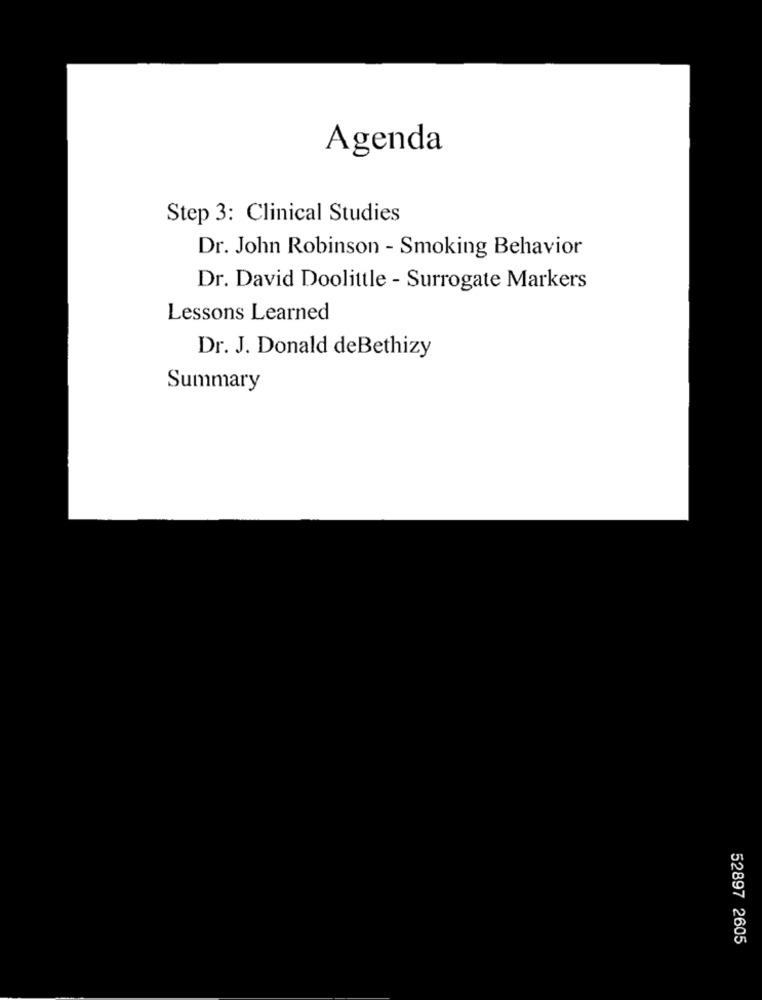
Agenda
Step 3: Clinical Studies
Dr. John Robinson - Smoking Behavior
Dr. David Doolittle - Surrogate Markers
Lessons Learned
Dr. J. Donald deBethizy
Summary
52897 2605